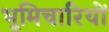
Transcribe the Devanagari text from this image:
भूमिचारियों